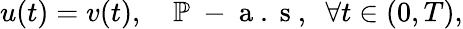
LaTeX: u(t)=v(t),\quad\mathbb{P}\mathrm{~-~a~.~s~,~}\; \forall t\in(0,T),